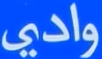
وادي